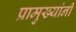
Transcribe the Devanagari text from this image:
प्रामुख्यांनी